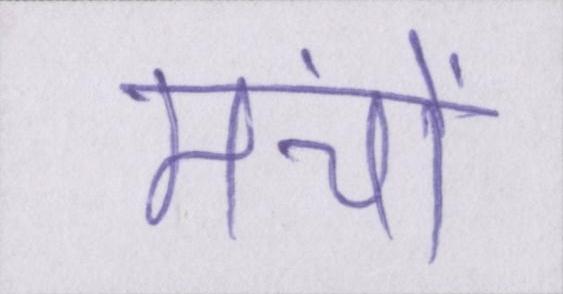
मंचों